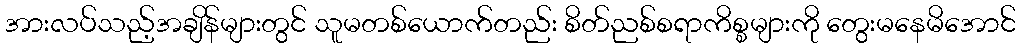
အားလပ်သည့်အချိန်များတွင် သူမတစ်ယောက်တည်း စိတ်ညစ်စရာကိစ္စများကို တွေးမနေမိအောင်